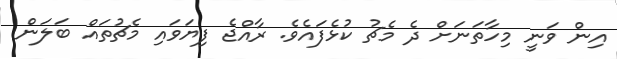
އިން ވަނީ މިހާތަނަށް ދެ މެޗު ކުޅެފައެވެ. ރާއްޖެ ފިޔަވައި މެޗުތައް ބަލަން